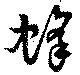
蜂